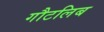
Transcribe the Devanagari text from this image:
गौटलिब